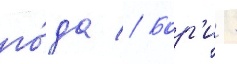
го́да // Бор'и -